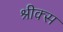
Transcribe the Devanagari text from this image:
श्रीक्स